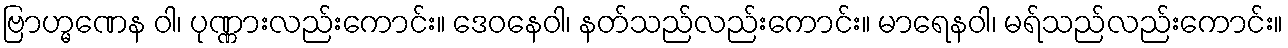
ဗြာဟ္မဏေန ဝါ၊ ပုဏ္ဏားလည်းကောင်း။ ဒေဝနေဝါ၊ နတ်သည်လည်းကောင်း။ မာရေနဝါ၊ မရ်သည်လည်းကောင်း။